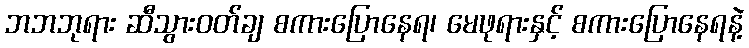
ဘဘဘုရား ဆီသွားဝတ်ချ စကားပြောနေရ၊ မေဖုရားနှင့် စကားပြောနေရနဲ့